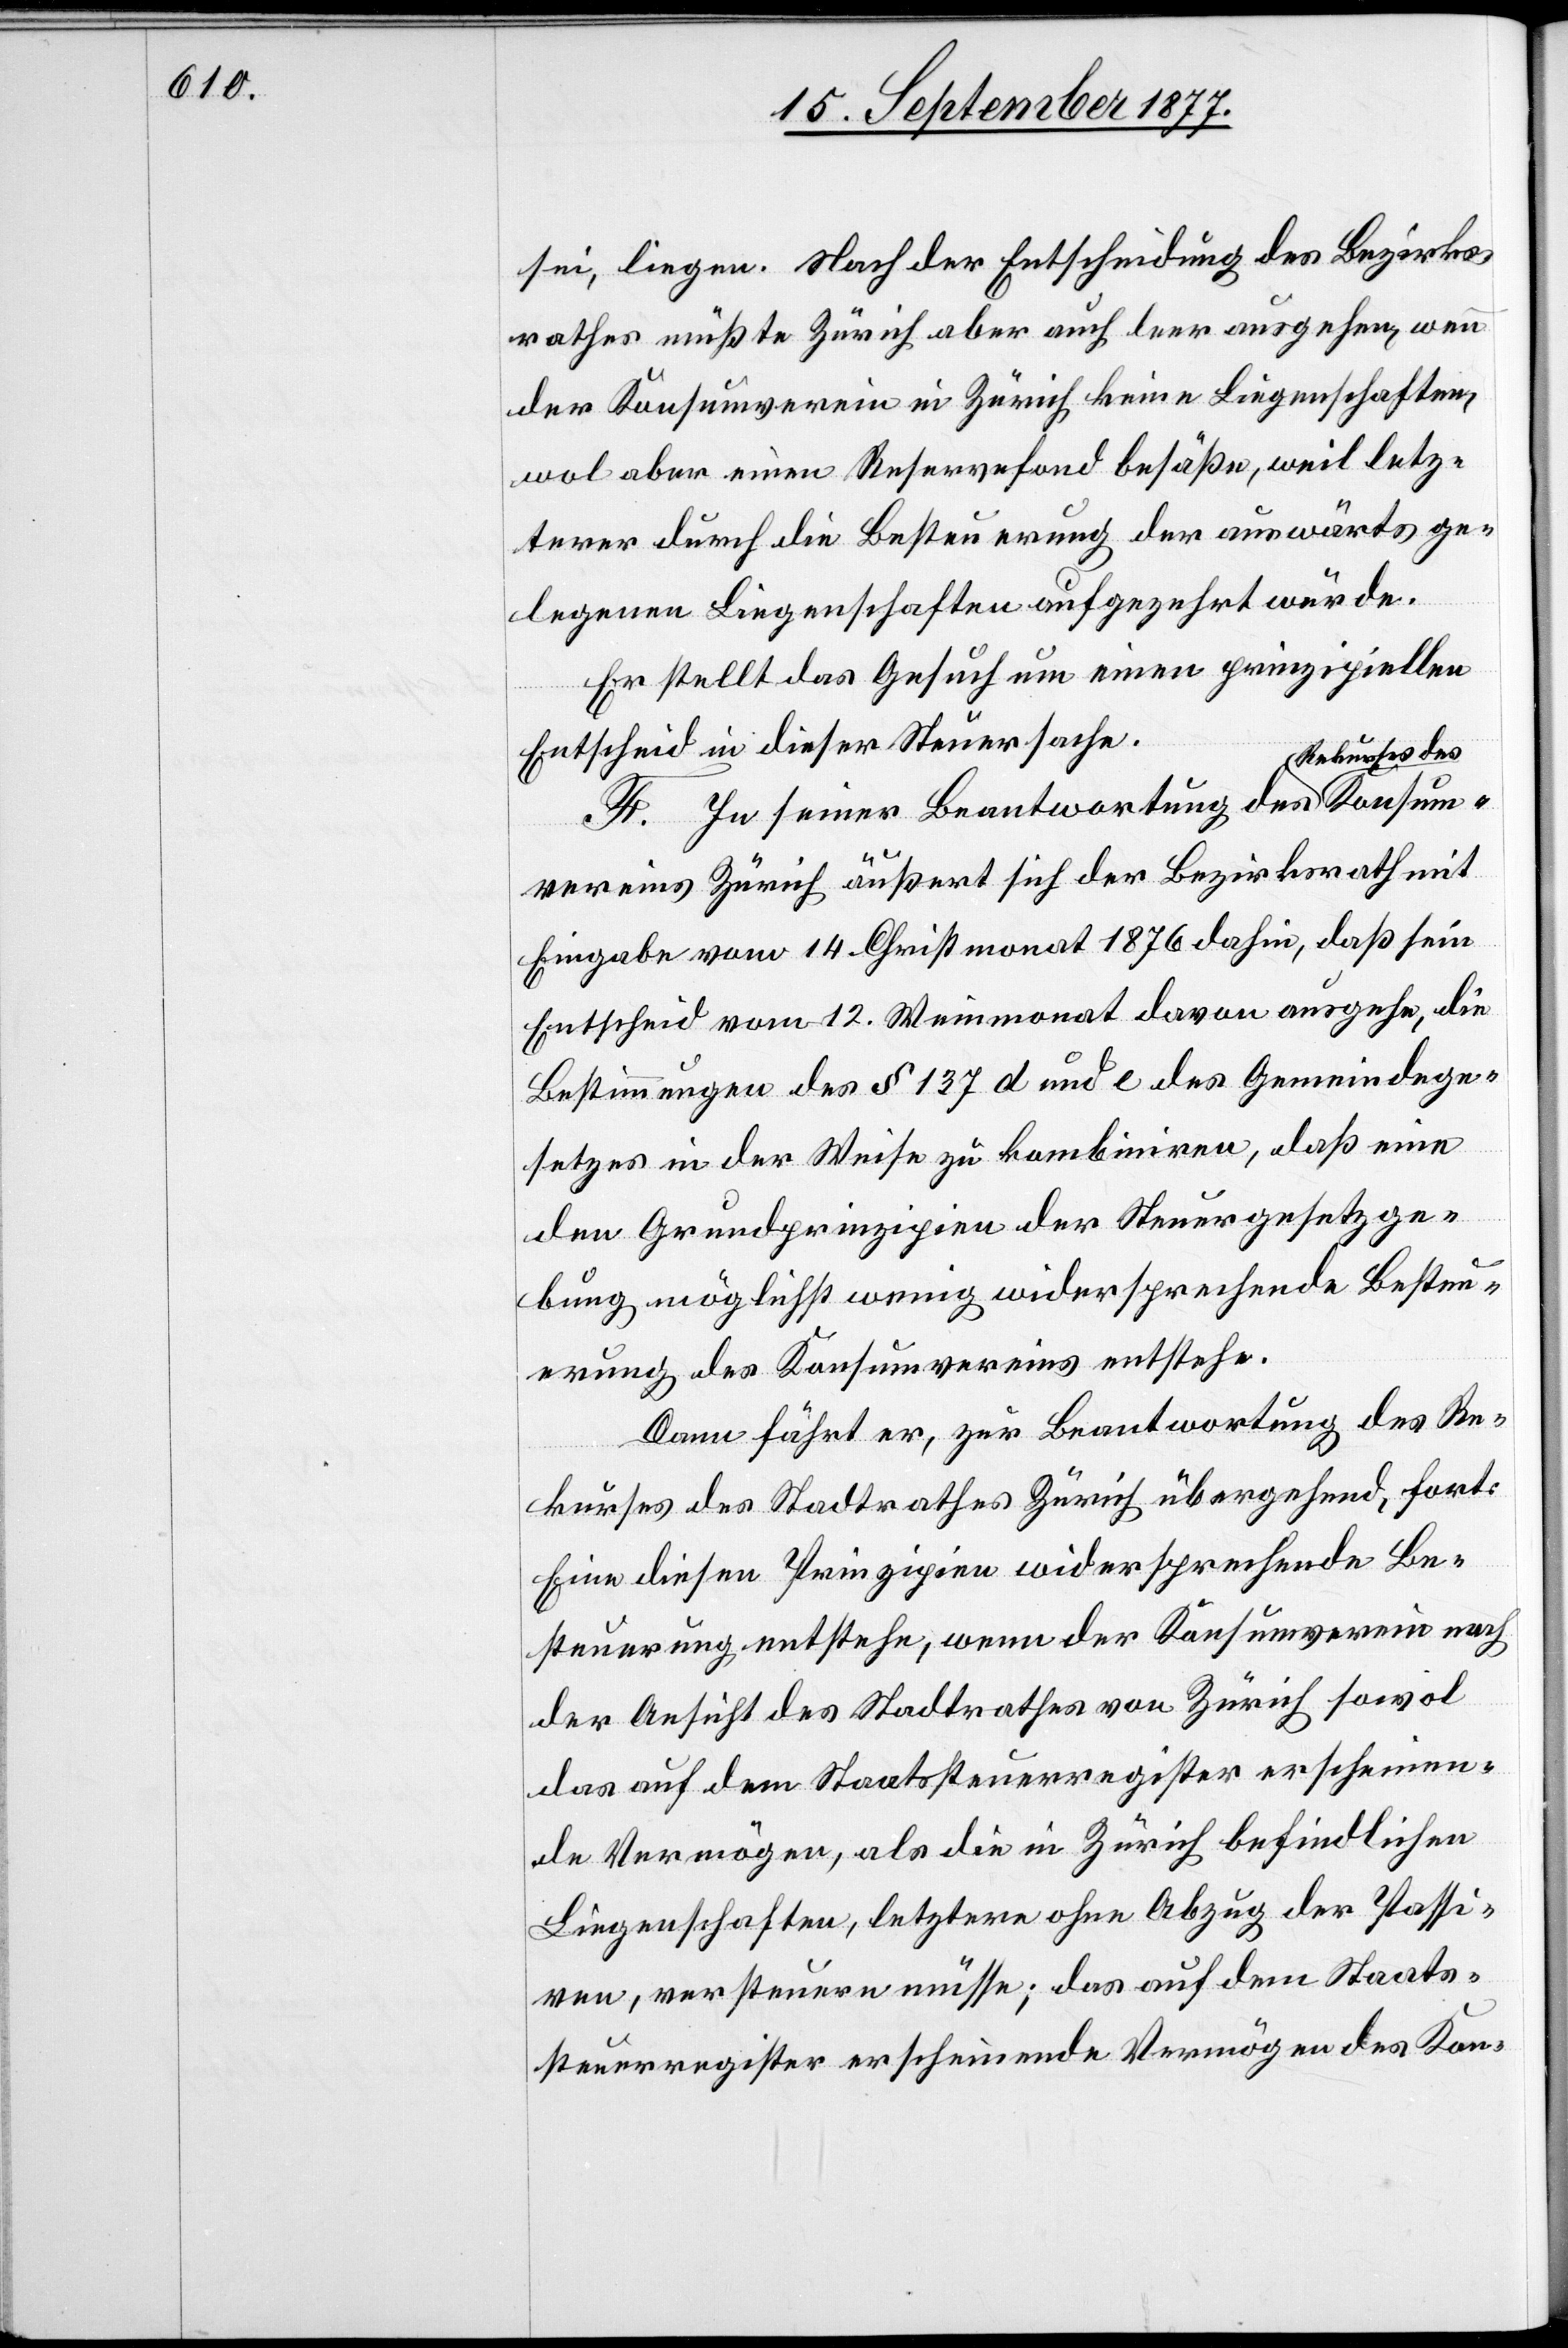
sei, liegen. Nach der Entscheidung des Bezirks¬
rathes müßte Zürich aber auch leer ausgehen, wenn
der Konsumverein in Zürich keine Liegenschaften,
wol aber einen Reservefond besäße, weil letz¬
terer durch die Besteuerung der auswärts ge¬
legenen Liegenschaften aufgezehrt würde.
Er stellt das Gesuch um einen prinzipiellen
Entscheid in dieser Steuersache.
ekurses des
F. In seiner Beantwortung des R¬
vereins Zürich äußert sich der Bezirksrath mit
Eingabe vom 14. Christmonat 1876 dahin, daß sein
Entscheid vom 12. Weinmonat davon ausgehe, die
Bestimmungen des § 137 d und e des Gemeindege¬
Konsum¬
setzes in der Weise zu kombiniren, daß eine
den Grundprinzipien der Steuergesetzge¬
bung möglichst wenig widersprechende Besteu¬
erung des Konsumvereins entstehe.
Dann fährt er, zur Beantwortung des Re¬
kurses des Stadtrathes Zürich übergehend, fort:
Eine diesen Prinzipien widersprechende Be¬
steuerung entstehe, wenn der Konsumverein nach
der Ansicht des Stadtrathes von Zürich sowol
das auf dem Staatssteuerregister erscheinen¬
de Vermögen, als die in Zürich befindlichen
Liegenschaften, letztere ohne Abzug der Passi¬
ven, versteuern müsse, das auf dem Staats¬
steuerregister erscheinende Vermögen des Kon-